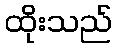
ထိုးသည်